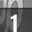
Digit: 1